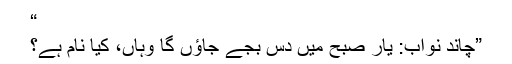
“
”چاند نواب: یار صبح میں دس بجے جاؤں گا وہاں، کیا نام ہے؟